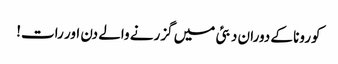
کورونا کے دوران دبئی میں گزرنے والے دن اور رات!